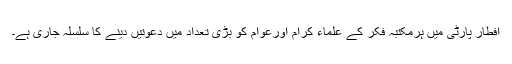
افطار پارٹی میں ہرمکتبہ فکر کے علماء کرام اورعوام کو بڑی تعداد میں دعوتیں دینے کا سلسلہ جاری ہے۔